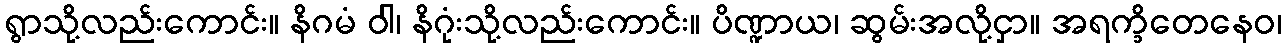
ရွာသို့လည်းကောင်း။ နိဂမံ ဝါ၊ နိဂုံးသို့လည်းကောင်း။ ပိဏ္ဍာယ၊ ဆွမ်းအလို့ငှာ။ အရက္ခိတေနေဝ၊